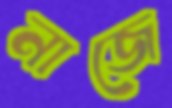
নাজে